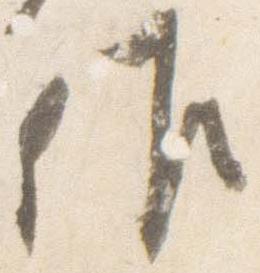
候